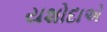
યશોદાએ